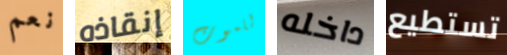
نعم إنقاذه للموت داخله تستطيع